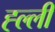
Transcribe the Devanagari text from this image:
ह्ल्ली